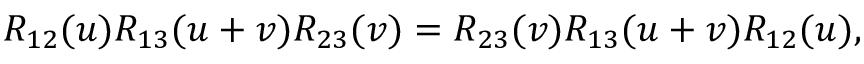
R _ { 1 2 } ( u ) R _ { 1 3 } ( u + v ) R _ { 2 3 } ( v ) = R _ { 2 3 } ( v ) R _ { 1 3 } ( u + v ) R _ { 1 2 } ( u ) ,